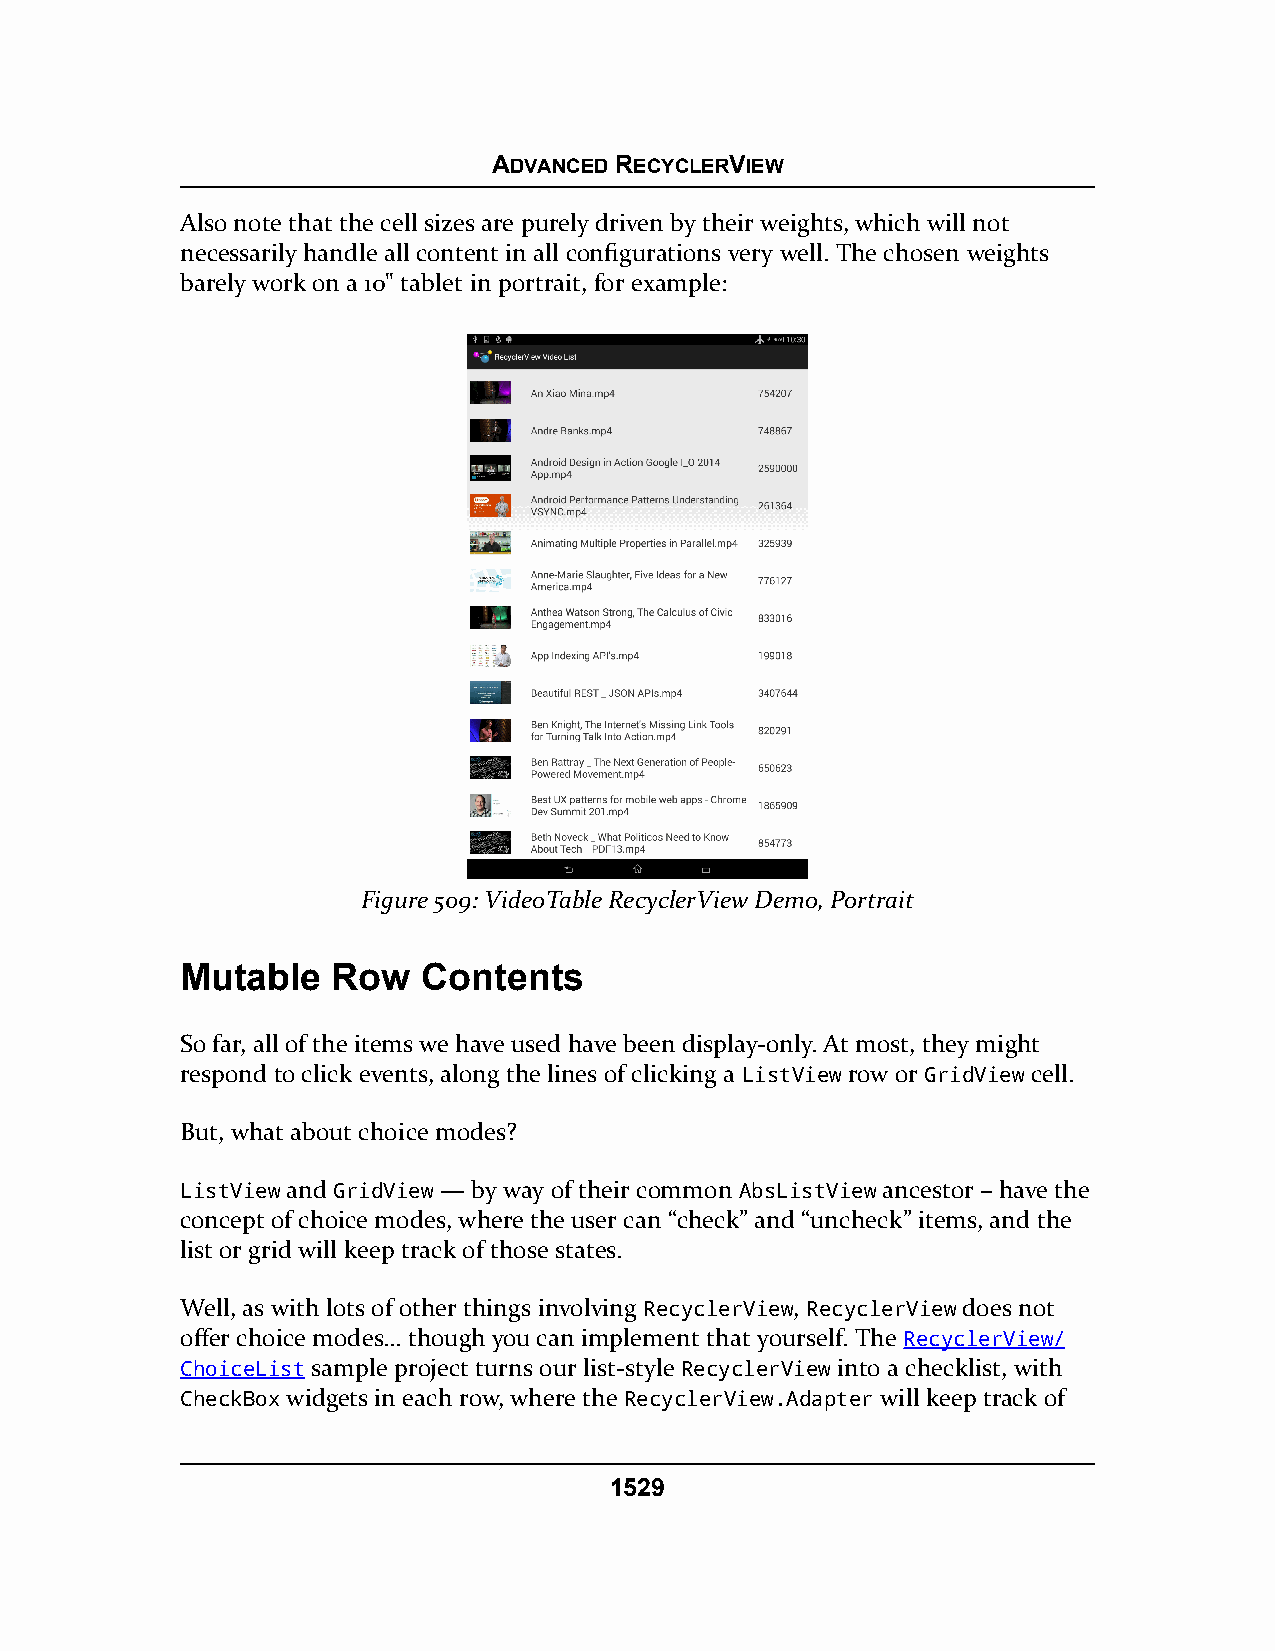
ADVANCED RECYCLERVIEW
 Also note that the cell sizes are purely driven by their weights, which will not
 necessarily handle all content in all configurations very well. The chosen weights
 barely work on a 10" tablet in portrait, for example:
 Figure 509: VideoTable RecyclerView Demo, Portrait
 Mutable   Row   Contents
 So far, all of the items we have used have been display-only. At most, they might
 respond to click events, along the lines of clicking a ListView row or GridView cell.
 But, what about choice modes?
 ListView and GridView — by way of their common AbsListView ancestor – have the
 concept of choice modes, where the user can “check” and “uncheck” items, and the
 list or grid will keep track of those states.
 Well, as with lots of other things involving RecyclerView, RecyclerView does not
 offer choice modes… though you can implement that yourself. The RecyclerView/
 ChoiceList sample project turns our list-style RecyclerView into a checklist, with
 CheckBox widgets in each row, where the RecyclerView.Adapter will keep track of
 1529